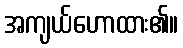
အကျယ်ဟောထား၏။